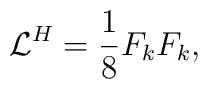
{\cal L}^{H}=\frac{1}{8}F_k F_k,